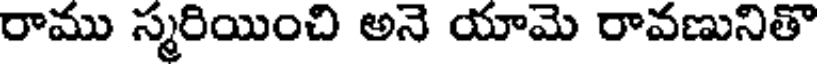
రాము స్మరియించి అనె యామె రావణునితొ